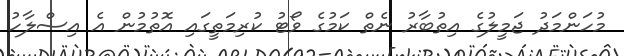
މުހަންމަދު ޖަމީލުގެ އިތުބާރު ނެތް ކަމުގެ ވޯޓު ކުރިމަތީގައި އޮތުމުން އެ އިސްލާހު